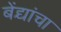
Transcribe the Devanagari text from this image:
बेंद्र्यांचा